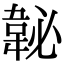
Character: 䪐